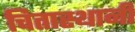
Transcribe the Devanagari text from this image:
चितास्थानी